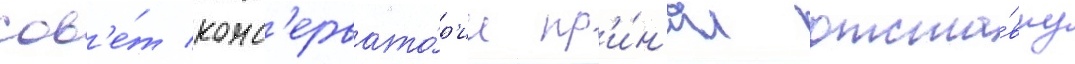
сов'е́т конс'ервато́р'ии пр'и́н'ял отста́вку